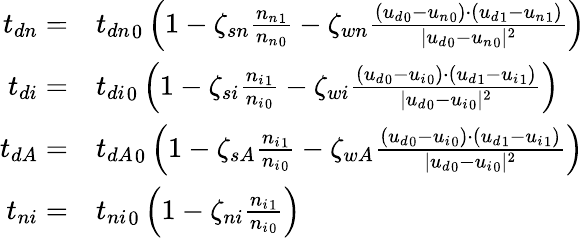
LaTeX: \begin{array}{rl}{{t_{dn}}=}&{{}{t_{dn}}_{0}\left(1-\zeta_{sn}\frac{{n_{n}}_{1}}{{n_{n}}_{0}}-\zeta_{wn}\frac{({u_{d}}_{0}-{u_{n}}_{0})\cdot({u_{d}}_{1}-{u_{n}}_{1})}{|{u_{d}}_{0}-{u_{n}}_{0}|^{2}}\right)}\\ {{t_{di}}=}&{{}{t_{di}}_{0}\left(1-\zeta_{si}\frac{{n_{i}}_{1}}{{n_{i}}_{0}}-\zeta_{wi}\frac{({u_{d}}_{0}-{u_{i}}_{0})\cdot({u_{d}}_{1}-{u_{i}}_{1})}{|{u_{d}}_{0}-{u_{i}}_{0}|^{2}}\right)}\\ {{t_{dA}}=}&{{}{t_{dA}}_{0}\left(1-\zeta_{sA}\frac{{n_{i}}_{1}}{{n_{i}}_{0}}-\zeta_{wA}\frac{({u_{d}}_{0}-{u_{i}}_{0})\cdot({u_{d}}_{1}-{u_{i}}_{1})}{|{u_{d}}_{0}-{u_{i}}_{0}|^{2}}\right)}\\ {{t_{ni}}=}&{{}{t_{ni}}_{0}\left(1-\zeta_{ni}\frac{{n_{i}}_{1}}{{n_{i}}_{0}}\right)}\end{array}